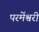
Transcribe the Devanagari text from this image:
परमेंश्वरी